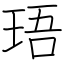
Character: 珸